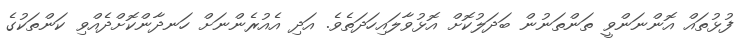
ފުޅުތައް އޮންނަންވީ ތަންތަނުން ބަދަލުކޮށް އޮޅުވާލައިހަދަތެވެ. އަދި އެއުރެންނަށް ހަނދާންކޮށްދެއްވި ކަންތަކުގެ